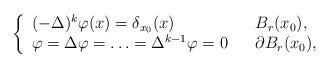
\begin{align*} \left\{\begin{array}{lll} (-\Delta)^{k}\varphi(x) = \delta_{x_0}(x) & & B_{r}(x_0), \\ \varphi = \Delta \varphi = \ldots = \Delta^{k-1}\varphi = 0 & & \partial B_{r}(x_0), \end{array}\right.\end{align*}